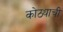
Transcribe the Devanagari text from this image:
कोठ्याची